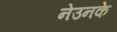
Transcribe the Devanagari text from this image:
नेउनके